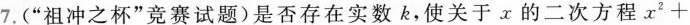
7.(”祖冲之杯”竞赛试题)是否存在实数k，使关于x的二次方程$$x ^ { 2 } +